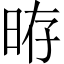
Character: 𣆱